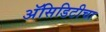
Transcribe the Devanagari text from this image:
अॅसिडिटीचा